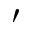
'